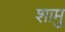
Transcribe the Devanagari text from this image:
शामु